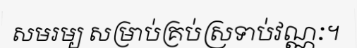
សមរម្យ សម្រាប់គ្រប់ស្រទាប់វណ្ណៈ។